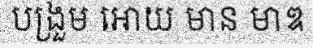
បង្រួម អោយ មាន មាឌ